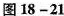
图18-21